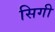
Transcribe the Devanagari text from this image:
सिगी